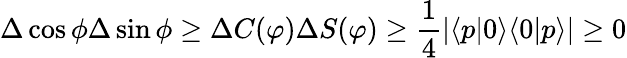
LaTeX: \Delta\cos\phi\Delta\sin\phi\geq\Delta C(\varphi)\Delta S(\varphi)\geq\frac{1}{4}|\langle p|0\rangle\langle 0|p\rangle|\geq 0